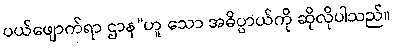
ပယ်ဖျောက်ရာ ဌာန”ဟူ သော အဓိပ္ပာယ်ကို ဆိုလိုပါသည်။